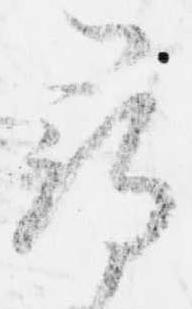
尋